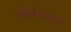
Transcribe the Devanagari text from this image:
सर्वकर्मविरोधकः